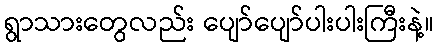
ရွာသားတွေလည်း ပျော်ပျော်ပါးပါးကြီးနဲ့။